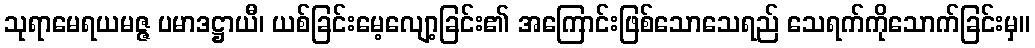
သုရာမေရယမဇ္ဇ ပမာဒဋ္ဌာယီ၊ ယစ်ခြင်းမေ့လျော့ခြင်း၏ အကြောင်းဖြစ်သောသေရည် သေရက်ကိုသောက်ခြင်းမှ။